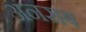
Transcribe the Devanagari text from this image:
अनसब